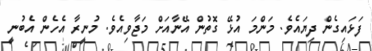
ފަޅައިގެން ދިޔައެވެ. މަންމަ އުޅޭ ގޮތުން އޭނާއަށް މަޖާވިއެވެ. މުނީރާ އެހެން އެބުނީ